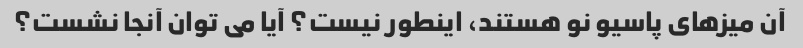
آن میزهای پاسیو نو هستند، اینطور نیست؟ آیا می توان آنجا نشست؟